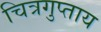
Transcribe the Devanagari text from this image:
चित्रगुप्ताय